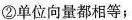
②单位向量都相等；